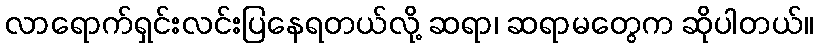
လာရောက်ရှင်းလင်းပြနေရတယ်လို့ ဆရာ၊ ဆရာမတွေက ဆိုပါတယ်။